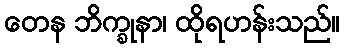
တေန ဘိက္ခုနာ၊ ထိုရဟန်းသည်။